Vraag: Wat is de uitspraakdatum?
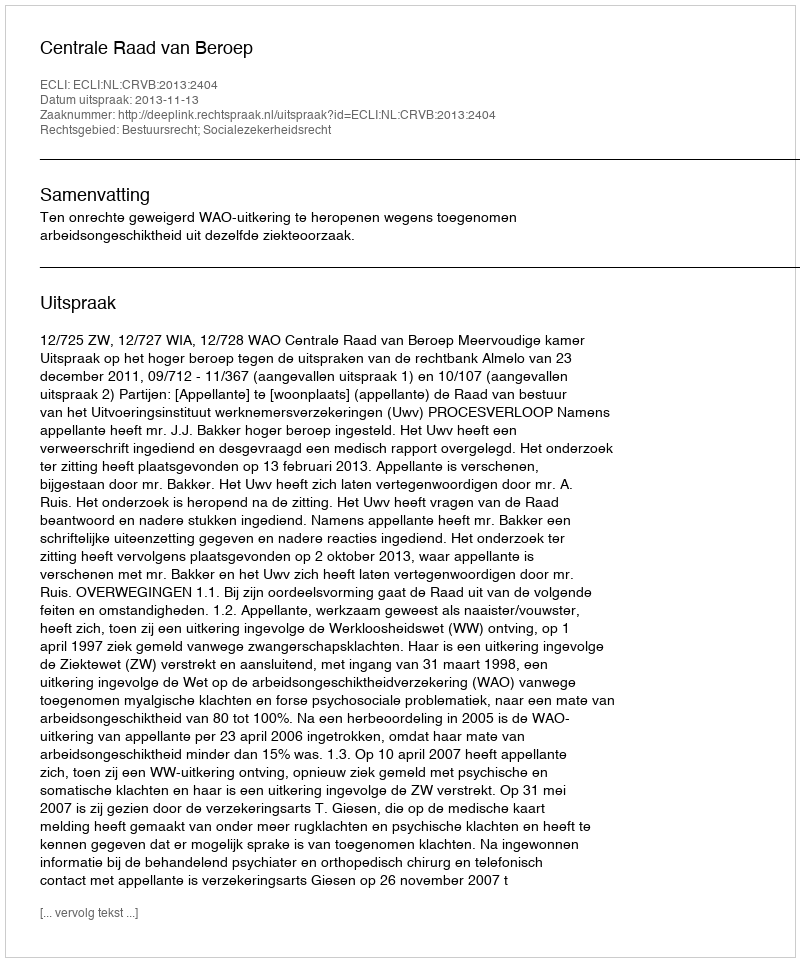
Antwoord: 2013-11-13